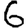
Digit: 6